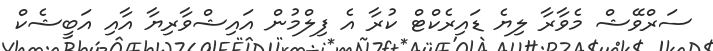
ސަރްވޭޝް މެވާރާ ލިޔެ ޑައިރެކްޓް ކުރާ އެ ފިލްމުން އައިޝްވާރިޔާ އާއި އަބީޝެކް